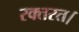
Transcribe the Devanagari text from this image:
रक्तरत।